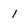
Character: 1